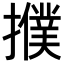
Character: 𢷏